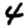
Digit: 4